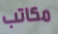
مكاتب